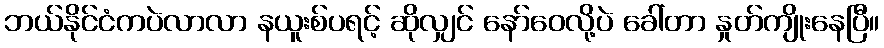
ဘယ်နိုင်ငံကပဲလာလာ နယူးစ်ပရင့် ဆိုလျှင် နော်ဝေလို့ပဲ ခေါ်တာ နှုတ်ကျိုးနေပြီ။